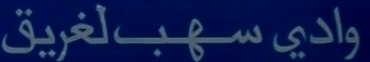
واديـسـهـبـ